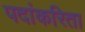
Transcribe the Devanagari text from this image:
पदांकरिता